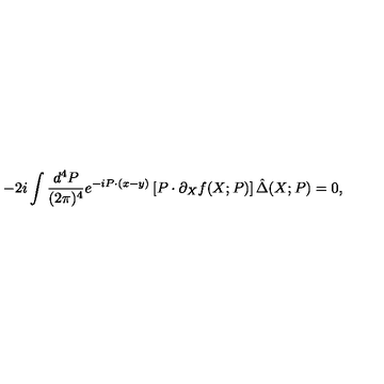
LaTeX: - 2 i \int \frac { d ^ { 4 } P } { ( 2 \pi ) ^ { 4 } } e ^ { - i P \cdot ( x - y ) } \left[ P \cdot \partial _ { X } f ( X ; P ) \right] \hat { \Delta } ( X ; P ) = 0 ,